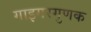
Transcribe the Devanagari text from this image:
गाइगरगुणक